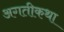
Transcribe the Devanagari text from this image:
अगतीकथा